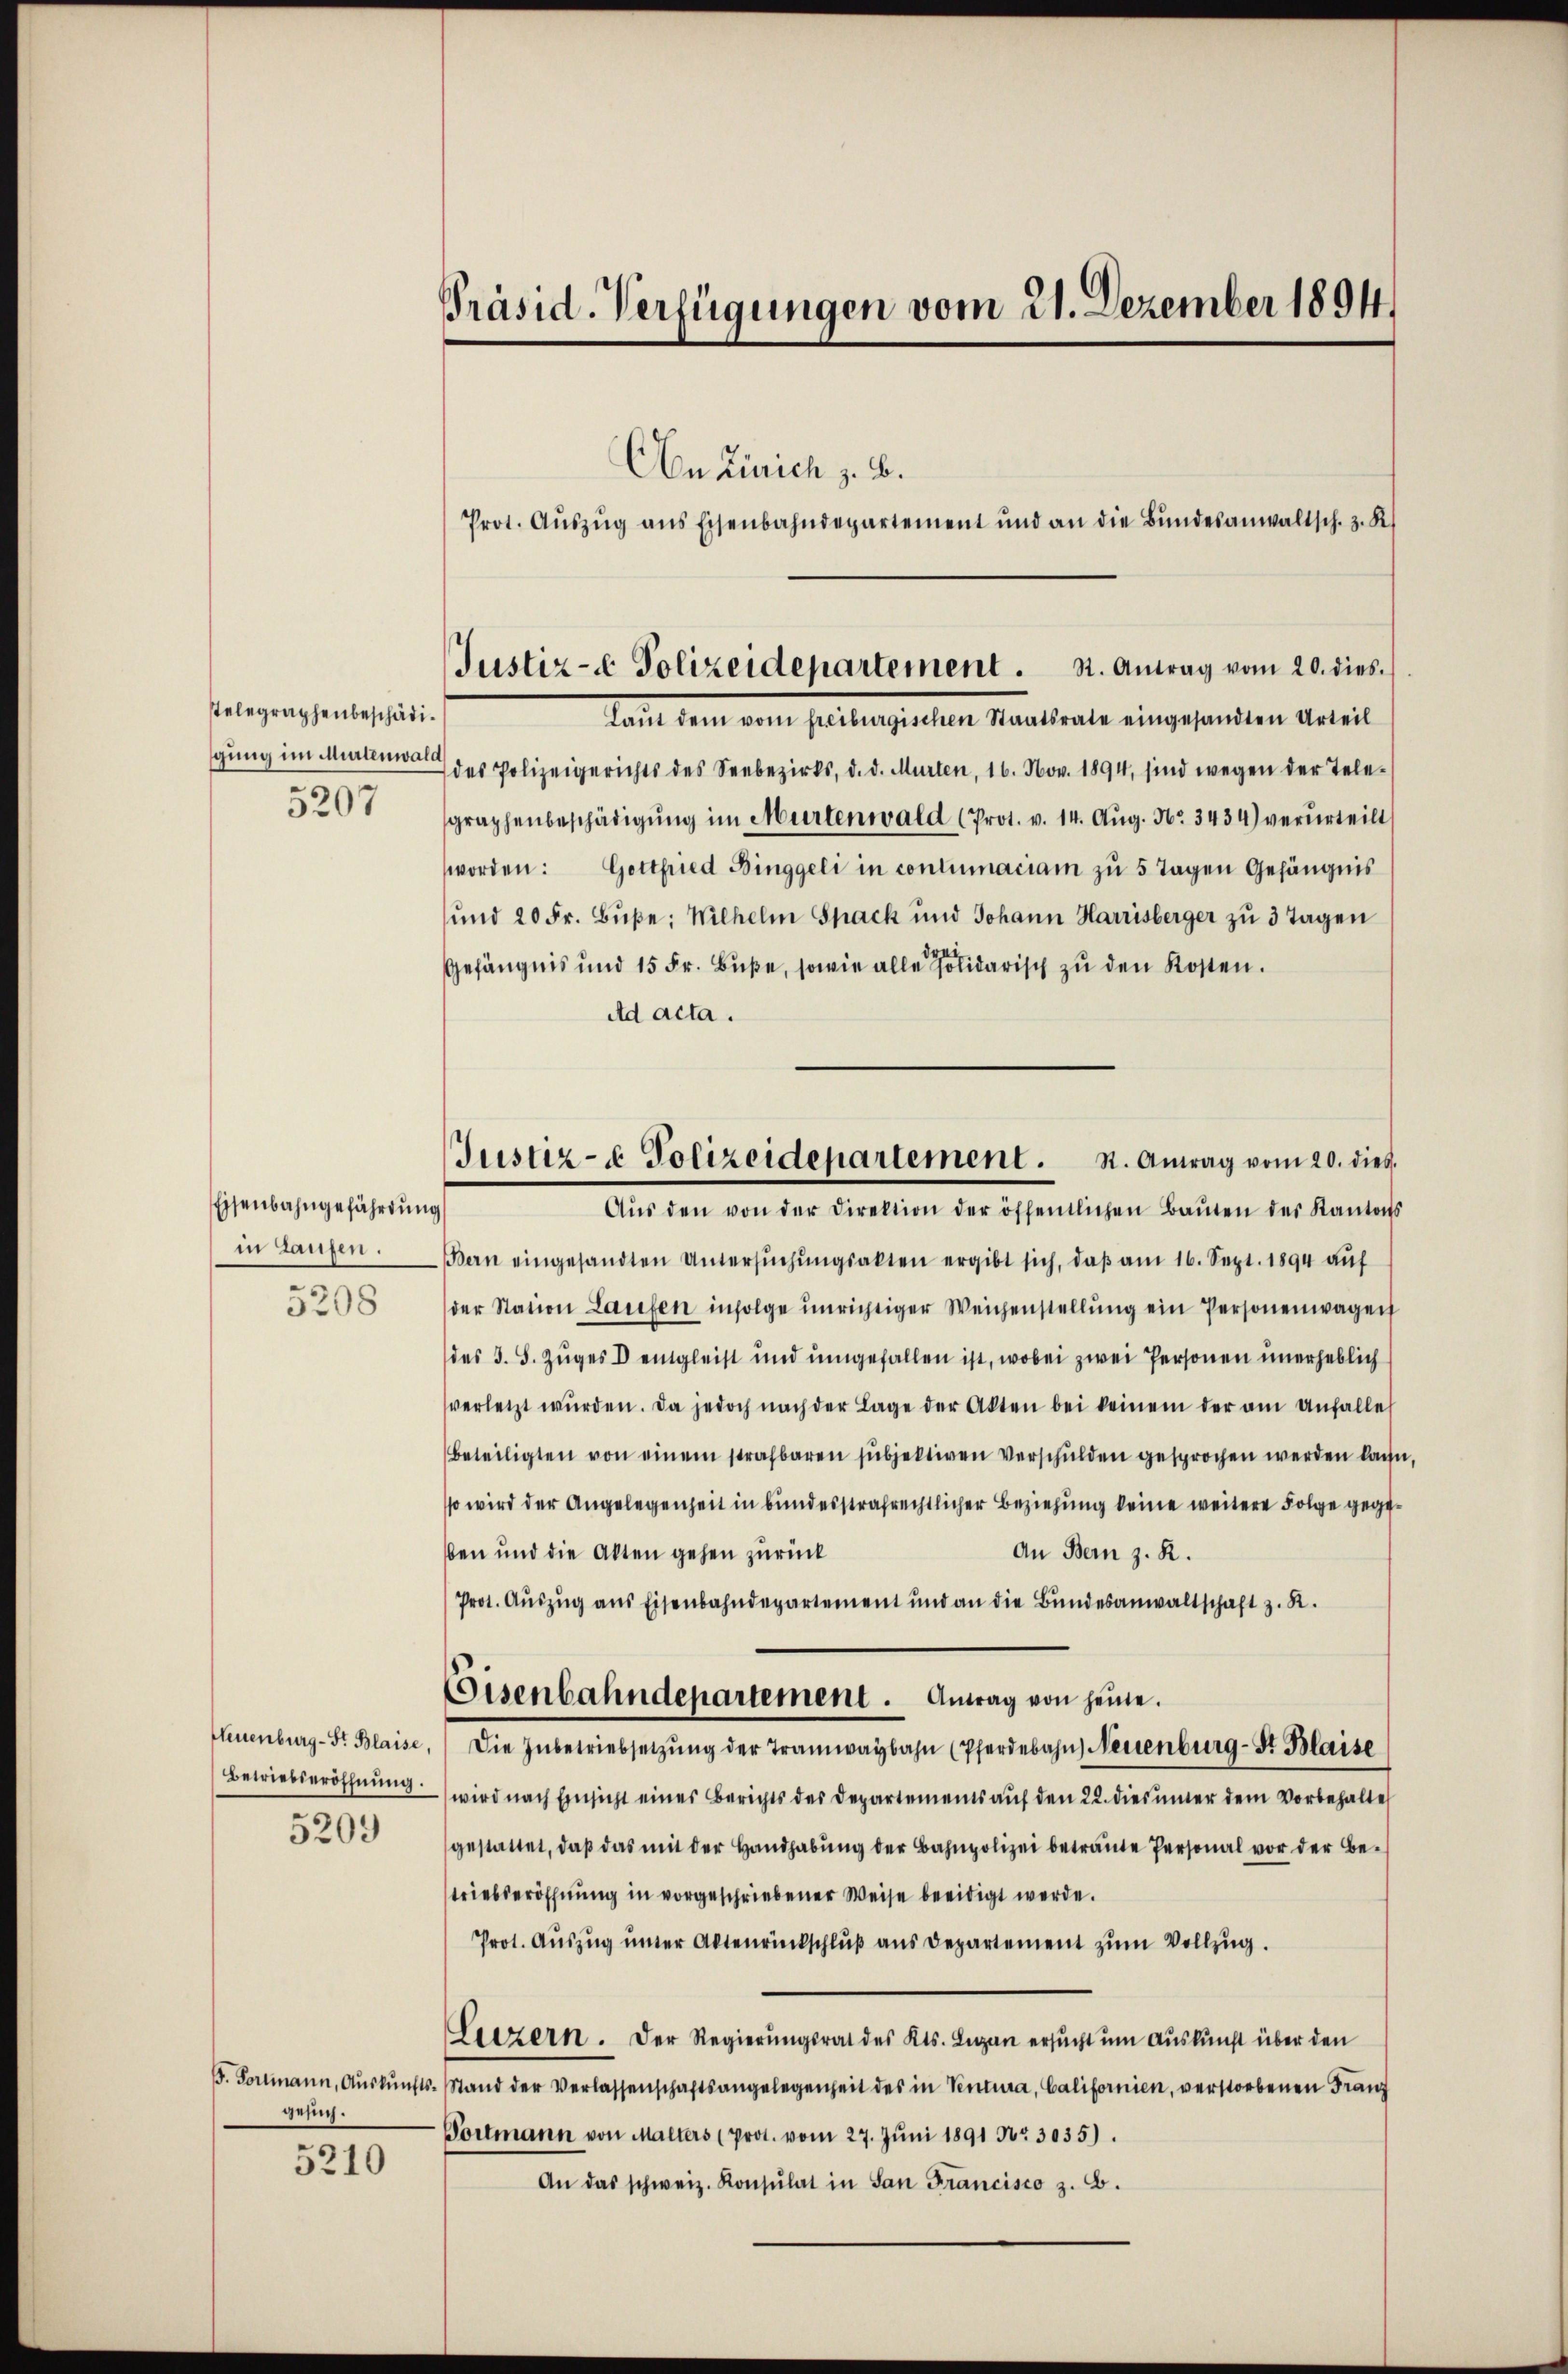
stelegraphenbeschädigung im Murtenwal
5207

Eisenbahngefährdung
in Laufen.
5208

Neuenburg - Fr. Blaise,
Betriebseröffnung.
5203

(. Fortmann, Auskunfts-
gesuch.
5210

Präsid-Verfügungen vom 21. Dezember 1894.

An Zürich z. B.
Prot. Aŭszŭg ans Eisenbahndepartement und an die Bŭndesanwaltsch. 3. K.
Laut dem vom freiburgischen Staatsrate eingesandten Urteil
des Polizeigerichts des Seebezirks, d. d. Murten, 16. Nov. 1894, sind wegen der Tele-
graphenbeschädigŭng im Murtenwald (Prot. v. 14. Aŭg. No. 3434) verurteilt
worden: Gottfried Binggeli in contumaciam zu 5 Tagen Gefängnis
und 20 Fr. Bŭβe: Wilhelm Spack und Johann Harrisberger zŭ 3 Tagen
Gefängnis und 15 Fr. Buße, sowie alle darisch zu den Kosten.
ad acta.
Bern eingesandten Untersŭchŭngsakten ergibt sich, daβ am 16. Sept. 1894 auf
der Station Laufen infolge unrichtiger Weichenstellŭng ein Personenwagen
des 3. S. Zuges D engleist und umgefallen ist, wobei zwei Personen unerheblich
verletzt wŭrden. Da jedoch nach der Lage der Akten bei keinem der am Anfalle
beteiligten von einem strafbaren subjektiven verschulden gesprochen werden kann
so wird der Angelegenheit in bundesstrafrechtlicher Beziehung keine weitere Folge gege¬
An Bern z. R.
ben und die Akten gehen zurück
Prot. Auszug aus Eisenbahndepartement und an die Bundesanwaltschaft z. R.
Eisenbahndepartement. Antrag von heine.
Die Inbetriebsetzŭng der Tramwaybahn (Pferdebahn, Neuenburg - St. Blaise
wird nach Einsicht eines Berichts des Departements auf den 22. dies unter dem Vorbehalter
gestattet, daß das mit der Handhabung der Bahnpolizei betraute Personal vor der Betriebseröffnung in vorgeschriebener Weise beeidigt werde.
Prot. Auszug unter Aktenrückschluß aus Departement zum Vollzug.
Leezern. Der Regierungsrat des Kts. Lugan ersucht um Auskunft über den
Stand der Verlassenschaftsangelegenheit des in Ventura, Californien, verstorbenen Franz
Portmann von Malters (prot. vom 27. Jŭni 1891 Nr. 3035).
An das schweiz. Konsulat in San Francisco z. B.

Justiz- & Polizeidepartement . . Antrag vom 20. dies

Justiz- & Polizeidepartement. S. Antrag vom 20. dieß.
Aŭs den von der Direktion der öffentlichen Baŭten des Kantons